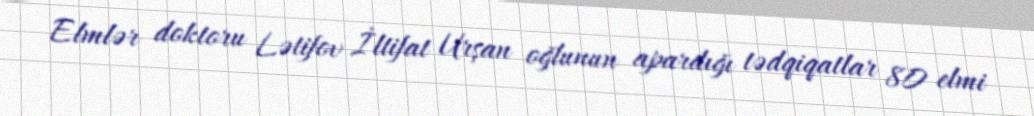
Elmlər doktoru Lətifov İltifat Urşan oğlunun apardığı tədqiqatlar 80 elmi